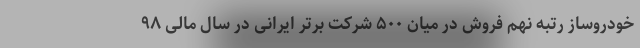
خودروساز رتبه نهم فروش در میان ۵۰۰ شرکت برتر ایرانی در سال مالی ۹۸